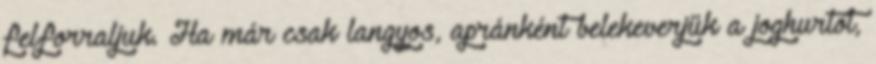
felforraljuk. Ha már csak langyos, apránként belekeverjük a joghurtot,